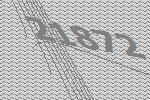
21872